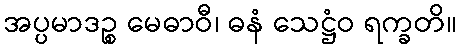
အပ္ပမာဒဉ္စ မေဓာဝီ၊ ဓနံ သေဋ္ဌံဝ ရက္ခတိ။